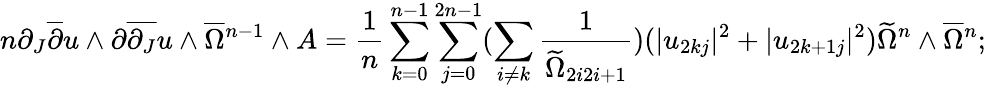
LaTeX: n\partial_{J}\overline{{\partial}}u\wedge\partial\overline{{\partial_{J}}}u\wedge\overline{{\Omega}}{\mathstrut}^{n-1}\wedge A=\frac{1}{n}\sum_{k=0}^{n-1}\sum_{j=0}^{2n-1}(\sum_{i\neq k}\frac{1}{\widetilde{\Omega}_{2i2i+1}})(|u_{2kj}|^{2}+|u_{2k+1j}|^{2})\widetilde{\Omega}^{n}\wedge\overline{{\Omega}}{\mathstrut}^{n};